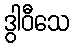
ဒွါဝီသေ